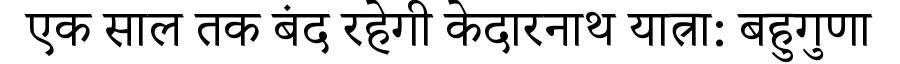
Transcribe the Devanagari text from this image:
एक साल तक बंद रहेगी केदारनाथ यात्रा: बहुगुणा